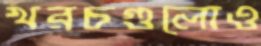
খরচগুলোও